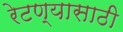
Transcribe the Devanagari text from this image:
रेटण्यासाठी